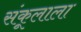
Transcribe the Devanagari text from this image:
संकूलाला